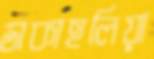
ডাকাহলিয়া